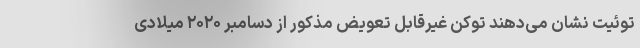
توئیت نشان می‌دهند توکن غیرقابل تعویض مذکور از دسامبر ۲۰۲۰ میلادی